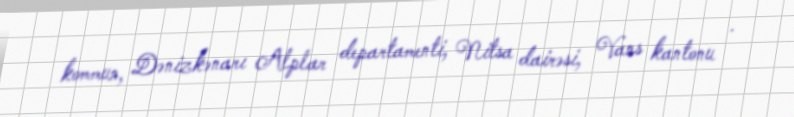
kommun, Dənizkənarı Alplar departamenti, Nitsa dairəsi, Vans kantonu .